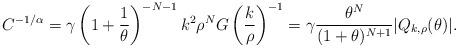
LaTeX: \begin{align*}C^{-1/\alpha}=\gamma \left(1+\frac 1\theta\right)^{-N-1}k^2\rho^NG\left(\frac k\rho\right)^{-1} = \gamma \frac {\theta^{N}}{(1+\theta)^{N+1}}|Q_{k,\rho}(\theta)|.\end{align*}